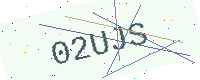
Text: 02UJS